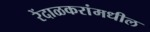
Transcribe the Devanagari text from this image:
रेंदाळकरांमधील